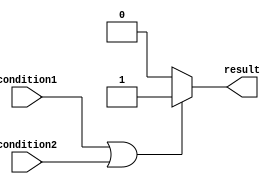
module if_else_logical_OR (
    input wire condition1,
    input wire condition2,
    output wire result
);

    reg result; 

    always @(*) begin
        if (condition1 || condition2) begin
            result = 1'b1; // If either condition1 or condition2 is true, set result to 1
        end
        else begin
            result = 1'b0; // If both condition1 and condition2 are false, set result to 0
        end
    end

endmodule